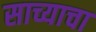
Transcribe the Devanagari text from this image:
साच्याचा